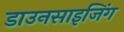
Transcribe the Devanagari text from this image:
डाउनसाइजिंग